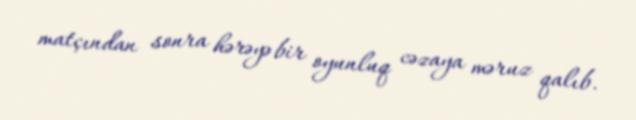
matçından sonra hərəyə bir oyunluq cəzaya məruz qalıb.